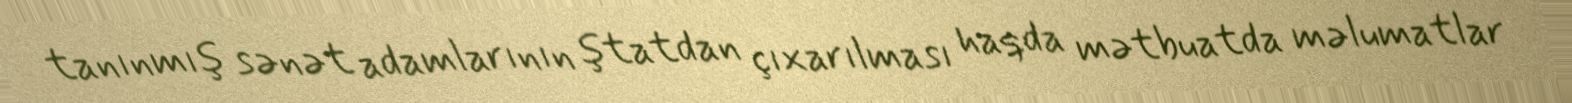
tanınmış sənət adamlarının ştatdan çıxarılması haqda mətbuatda məlumatlar